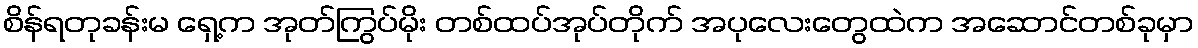
စိန်ရတုခန်းမ ရှေ့က အုတ်ကြွပ်မိုး တစ်ထပ်အုပ်တိုက် အပုလေးတွေထဲက အဆောင်တစ်ခုမှာ